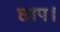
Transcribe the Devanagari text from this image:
छाप।